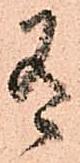
有